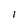
Character: I